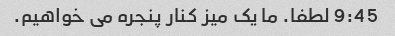
9:45 لطفا. ما یک میز کنار پنجره می خواهیم.